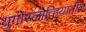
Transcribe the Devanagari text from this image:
युगोस्लोव्हियातील